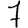
Digit: 7